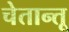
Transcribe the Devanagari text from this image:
चेतान्तू